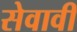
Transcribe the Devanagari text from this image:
सेवावीं